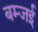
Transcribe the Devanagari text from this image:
बम्जई